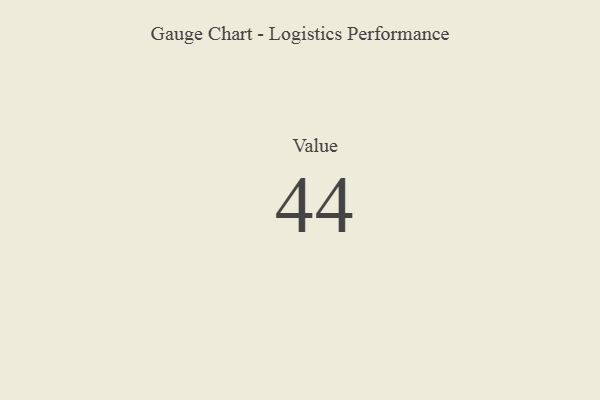
{"axis": {"x": "Metric", "y": "Value"}, "legend": [""], "data": [{"x": "Value", "y": 44, "type": ""}]}